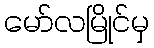
မော်လမြိုင်မှ